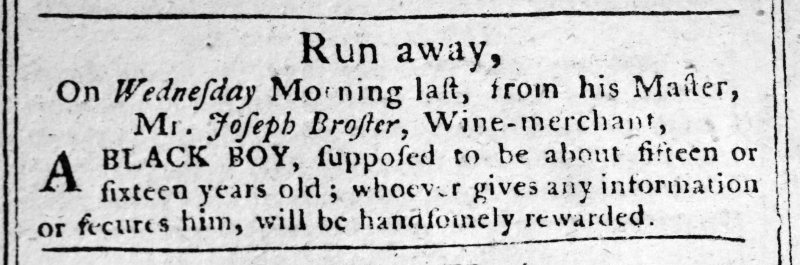
Liverpool General Advertiser, or the Commercial Register, 31 May 1771 (England)
                        Run away,On Wednesday Morning last, from his Master, Mr. Joseph Broster, Wine-merchant,  A BLACK BOY, supposed to be about fifteen or sixteen years old; whoever gives any information or secures him, will be handsomely rewarded.